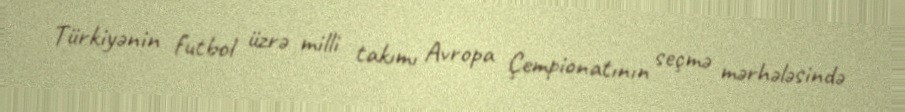
Türkiyənin futbol üzrə milli takımı Avropa Çempionatının seçmə mərhələsində